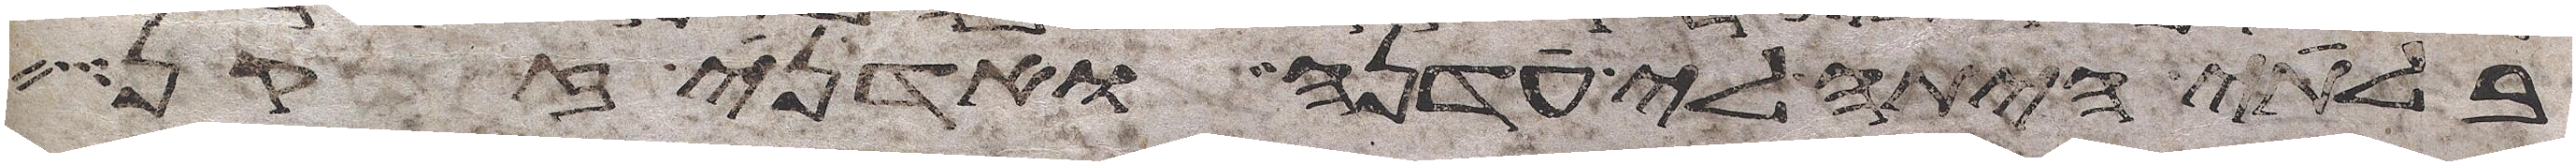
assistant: בלתי היתה לי עדנה ואדני זקן